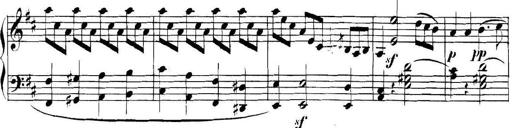
Title: Collected Piano Sonatas
Composer: Muzio Clementi